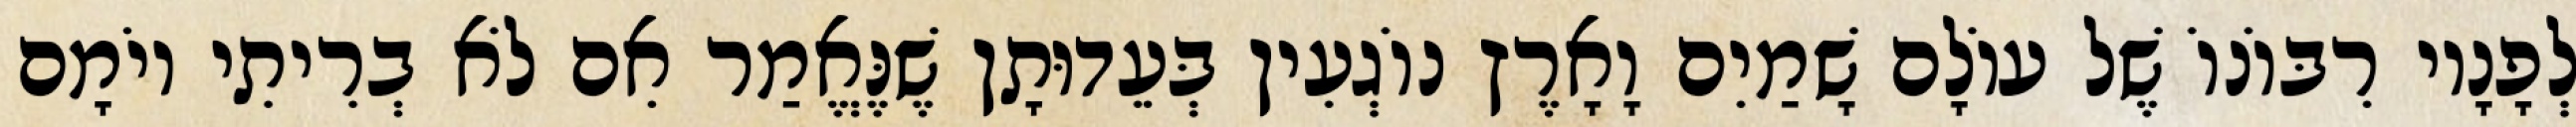
לְפָנָיו רִבּוֹנוֹ שֶׁל עוֹלָם שָׁמַיִם וָאָרֶץ נוֹגְעִין בְּעֵדוּתָן שֶׁנֶּאֱמַר אִם לֹא בְרִיתִי יוֹמָם